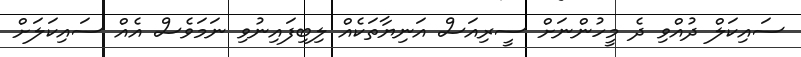
ސައިކަލް ދުއްވި ދެ މީހުންނަށް ސީރިއަސް އަނިޔާތަކެއް ލިބިފައިނުވި ނަމަވެސް އެއް ސައިކަލަށް